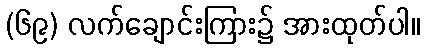
(၆၉) လက်ချောင်းကြား၌ အားထုတ်ပါ။